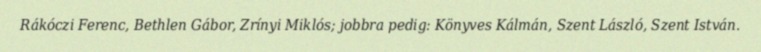
Rákóczi Ferenc, Bethlen Gábor, Zrínyi Miklós; jobbra pedig: Könyves Kálmán, Szent László, Szent István.